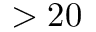
> 2 0